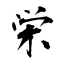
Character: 栄